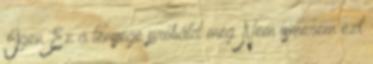
Igen Ez a lényege próbáld meg Nem ismerem ezt